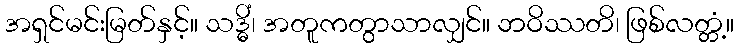
အရှင်မင်းမြတ်နှင့်။ သဒ္ဓိံ၊ အတူကတွာသာလျှင်။ ဘဝိဿတိ၊ ဖြစ်လတ္တံ့။